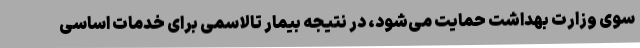
سوی وزارت بهداشت حمایت می‌شود، در نتیجه بیمار تالاسمی برای خدمات اساسی